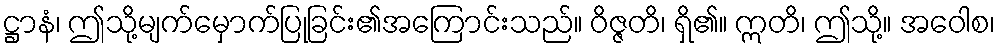
ဋ္ဌာနံ၊ ဤသို့မျက်မှောက်ပြုခြင်း၏အကြောင်းသည်။ ဝိဇ္ဇတိ၊ ရှိ၏။ ဣတိ၊ ဤသို့။ အဝေါစ၊